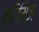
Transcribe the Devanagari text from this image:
ब्रिमिज